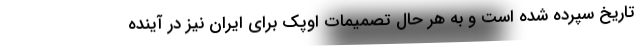
تاریخ سپرده شده است و به هر حال تصمیمات اوپک برای ایران نیز در آینده